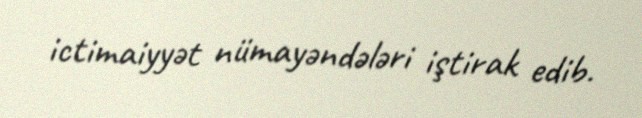
ictimaiyyət nümayəndələri iştirak edib.